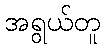
အရွယ်တူ